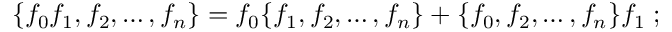
\{ f _ { 0 } f _ { 1 } , f _ { 2 } , \ldots , f _ { n } \} = f _ { 0 } \{ f _ { 1 } , f _ { 2 } , \ldots , f _ { n } \} + \{ f _ { 0 } , f _ { 2 } , \ldots , f _ { n } \} f _ { 1 } \; ;